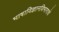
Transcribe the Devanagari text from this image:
भाषाविज्ञानविभागाचे